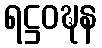
ရဋ္ဌဝဍ္ဎန